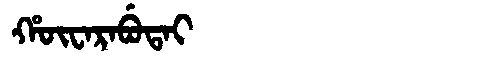
Manchu: ᡥᡡᠸᠠᡵᠠᠪᡠᡨᠠᡳ
Romanization: HŪWARABUTAI